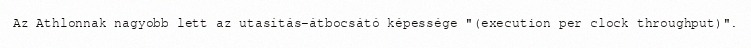
Az Athlonnak nagyobb lett az utasítás-átbocsátó képessége "(execution per clock throughput)".